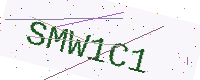
Text: SMW1C1